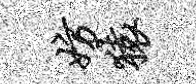
妨猿